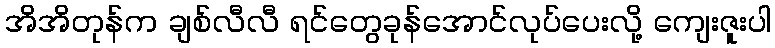
အိအိတုန်က ချစ်လီလီ ရင်တွေခုန်အောင်လုပ်ပေးလို့ ကျေးဇူးပါ